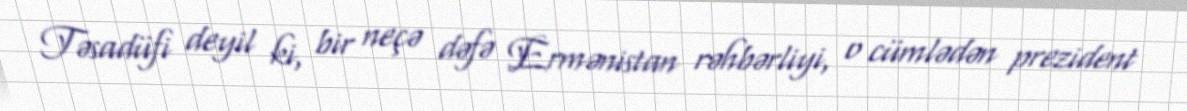
Təsadüfi deyil ki, bir neçə dəfə Ermənistan rəhbərliyi, o cümlədən prezident